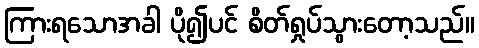
ကြားရသောအခါ ပို၍ပင် စိတ်ရှုပ်သွားတော့သည်။